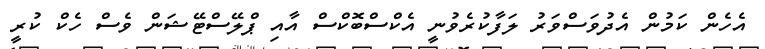
އެހެން ކަމުން އެދުވަސްވަރު ލަފާކުރެވުނީ އެކްސްބޮކްސް އާއި ޕްލޭސްޓޭޝަން ވެސް ހެކް ކުރީ